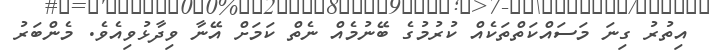
އިތުރު ގިނަ މަސައްކަތްތަކެއް ކުރުމުގެ ބޭނުމެއް ނެތް ކަމަށް އޭނާ ވިދާޅުވިއެވެ. މެންބަރު